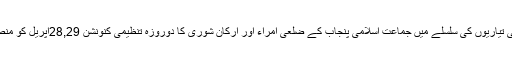
25 اپریل2018ء) 2018ء کے الیکشن کی تیاریوں کی سلسلے میں جماعت اسلامی پنجاب کے ضلعی امراء اور ارکان شوریٰ کا دوروزہ تنظیمی کنونشن 28,29اپریل کو منصورہ آڈیٹوریم ملتان روڈلاہور پر منعقدہوگا۔